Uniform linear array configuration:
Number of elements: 8
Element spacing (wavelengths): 0.25
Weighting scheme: uniform
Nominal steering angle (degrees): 15
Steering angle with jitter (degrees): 16.665
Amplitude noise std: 0.05
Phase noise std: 0.05

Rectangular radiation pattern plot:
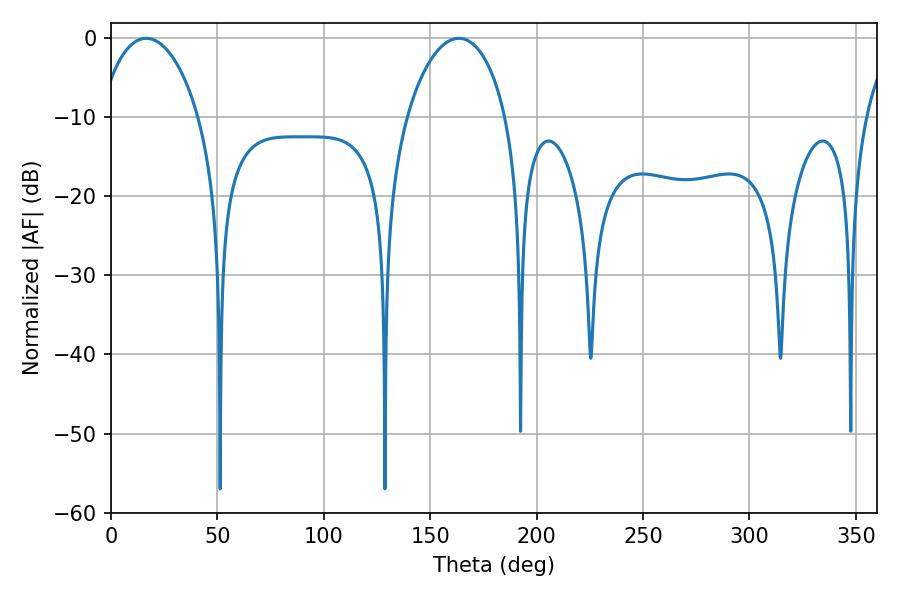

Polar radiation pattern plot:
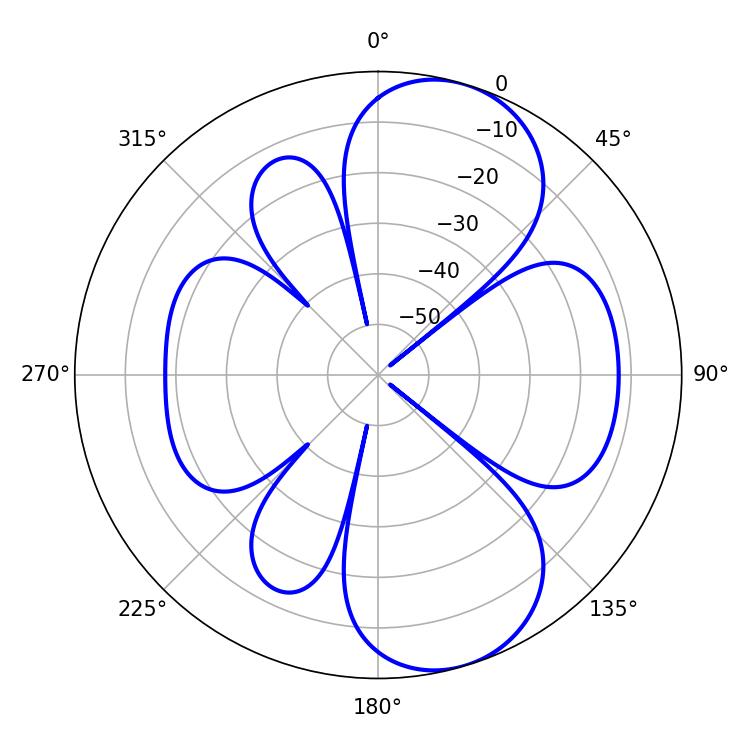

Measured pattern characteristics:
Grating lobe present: FALSE
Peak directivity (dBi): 8.216
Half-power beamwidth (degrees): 26.82
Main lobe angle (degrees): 16.56